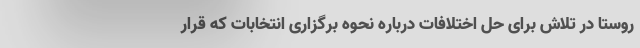
روستا در تلاش برای حل اختلافات درباره نحوه برگزاری انتخابات که قرار